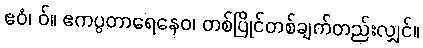
ဧဝံ၊ ဝ်။ ဧကပ္ပတာရေနေဝ၊ တစ်ပြိုင်တစ်ချက်တည်းလျှင်။